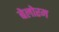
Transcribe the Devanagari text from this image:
बेलोरम